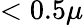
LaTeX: <0.5\mu